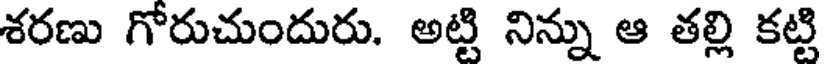
శరణు గోరుచుందురు. అట్టి నిన్ను ఆ తల్లి కట్టి